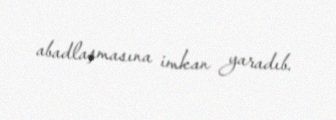
abadlaşmasına imkan yaradıb.